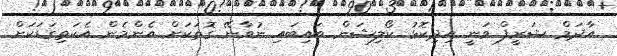
އާދަމް ޝަރީފް ވަނީ އިދިކޮޅު ކޯލިޝަން ބައިބައި ނުވާނޭ ގޮތަކަށް އެންމެން އެކަތިގަޑަކަށް